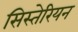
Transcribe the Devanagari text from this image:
सिस्तेरियन